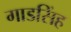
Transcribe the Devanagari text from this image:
गाडसिंह